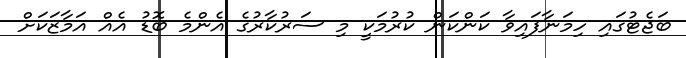
ބަޖެޓުގައި ހިމަނާފައިވާ ކަންކަން ކުރުމަކީ މި ސަރުކާރުގެ އެންމެ ބޮޑު އެއް އަމާޒަކަށް